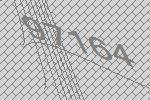
97164